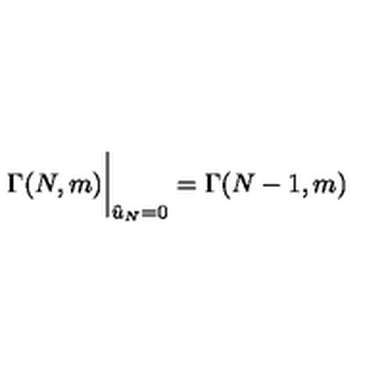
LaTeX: \Gamma ( N , m ) \bigg \vert _ { { \hat { u } } _ { N } = 0 } = \Gamma ( N - 1 , m )